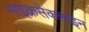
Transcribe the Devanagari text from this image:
माइक्रसेक्लाइन